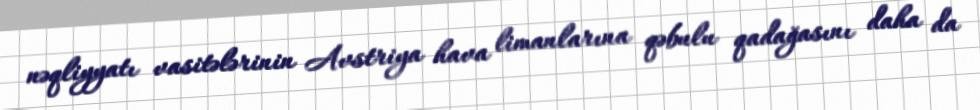
nəqliyyatı vasitələrinin Avstriya hava limanlarına qəbulu qadağasını daha da